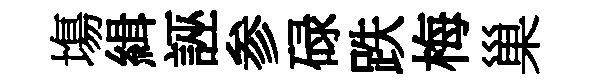
塲緝誣参碌跌梅巢